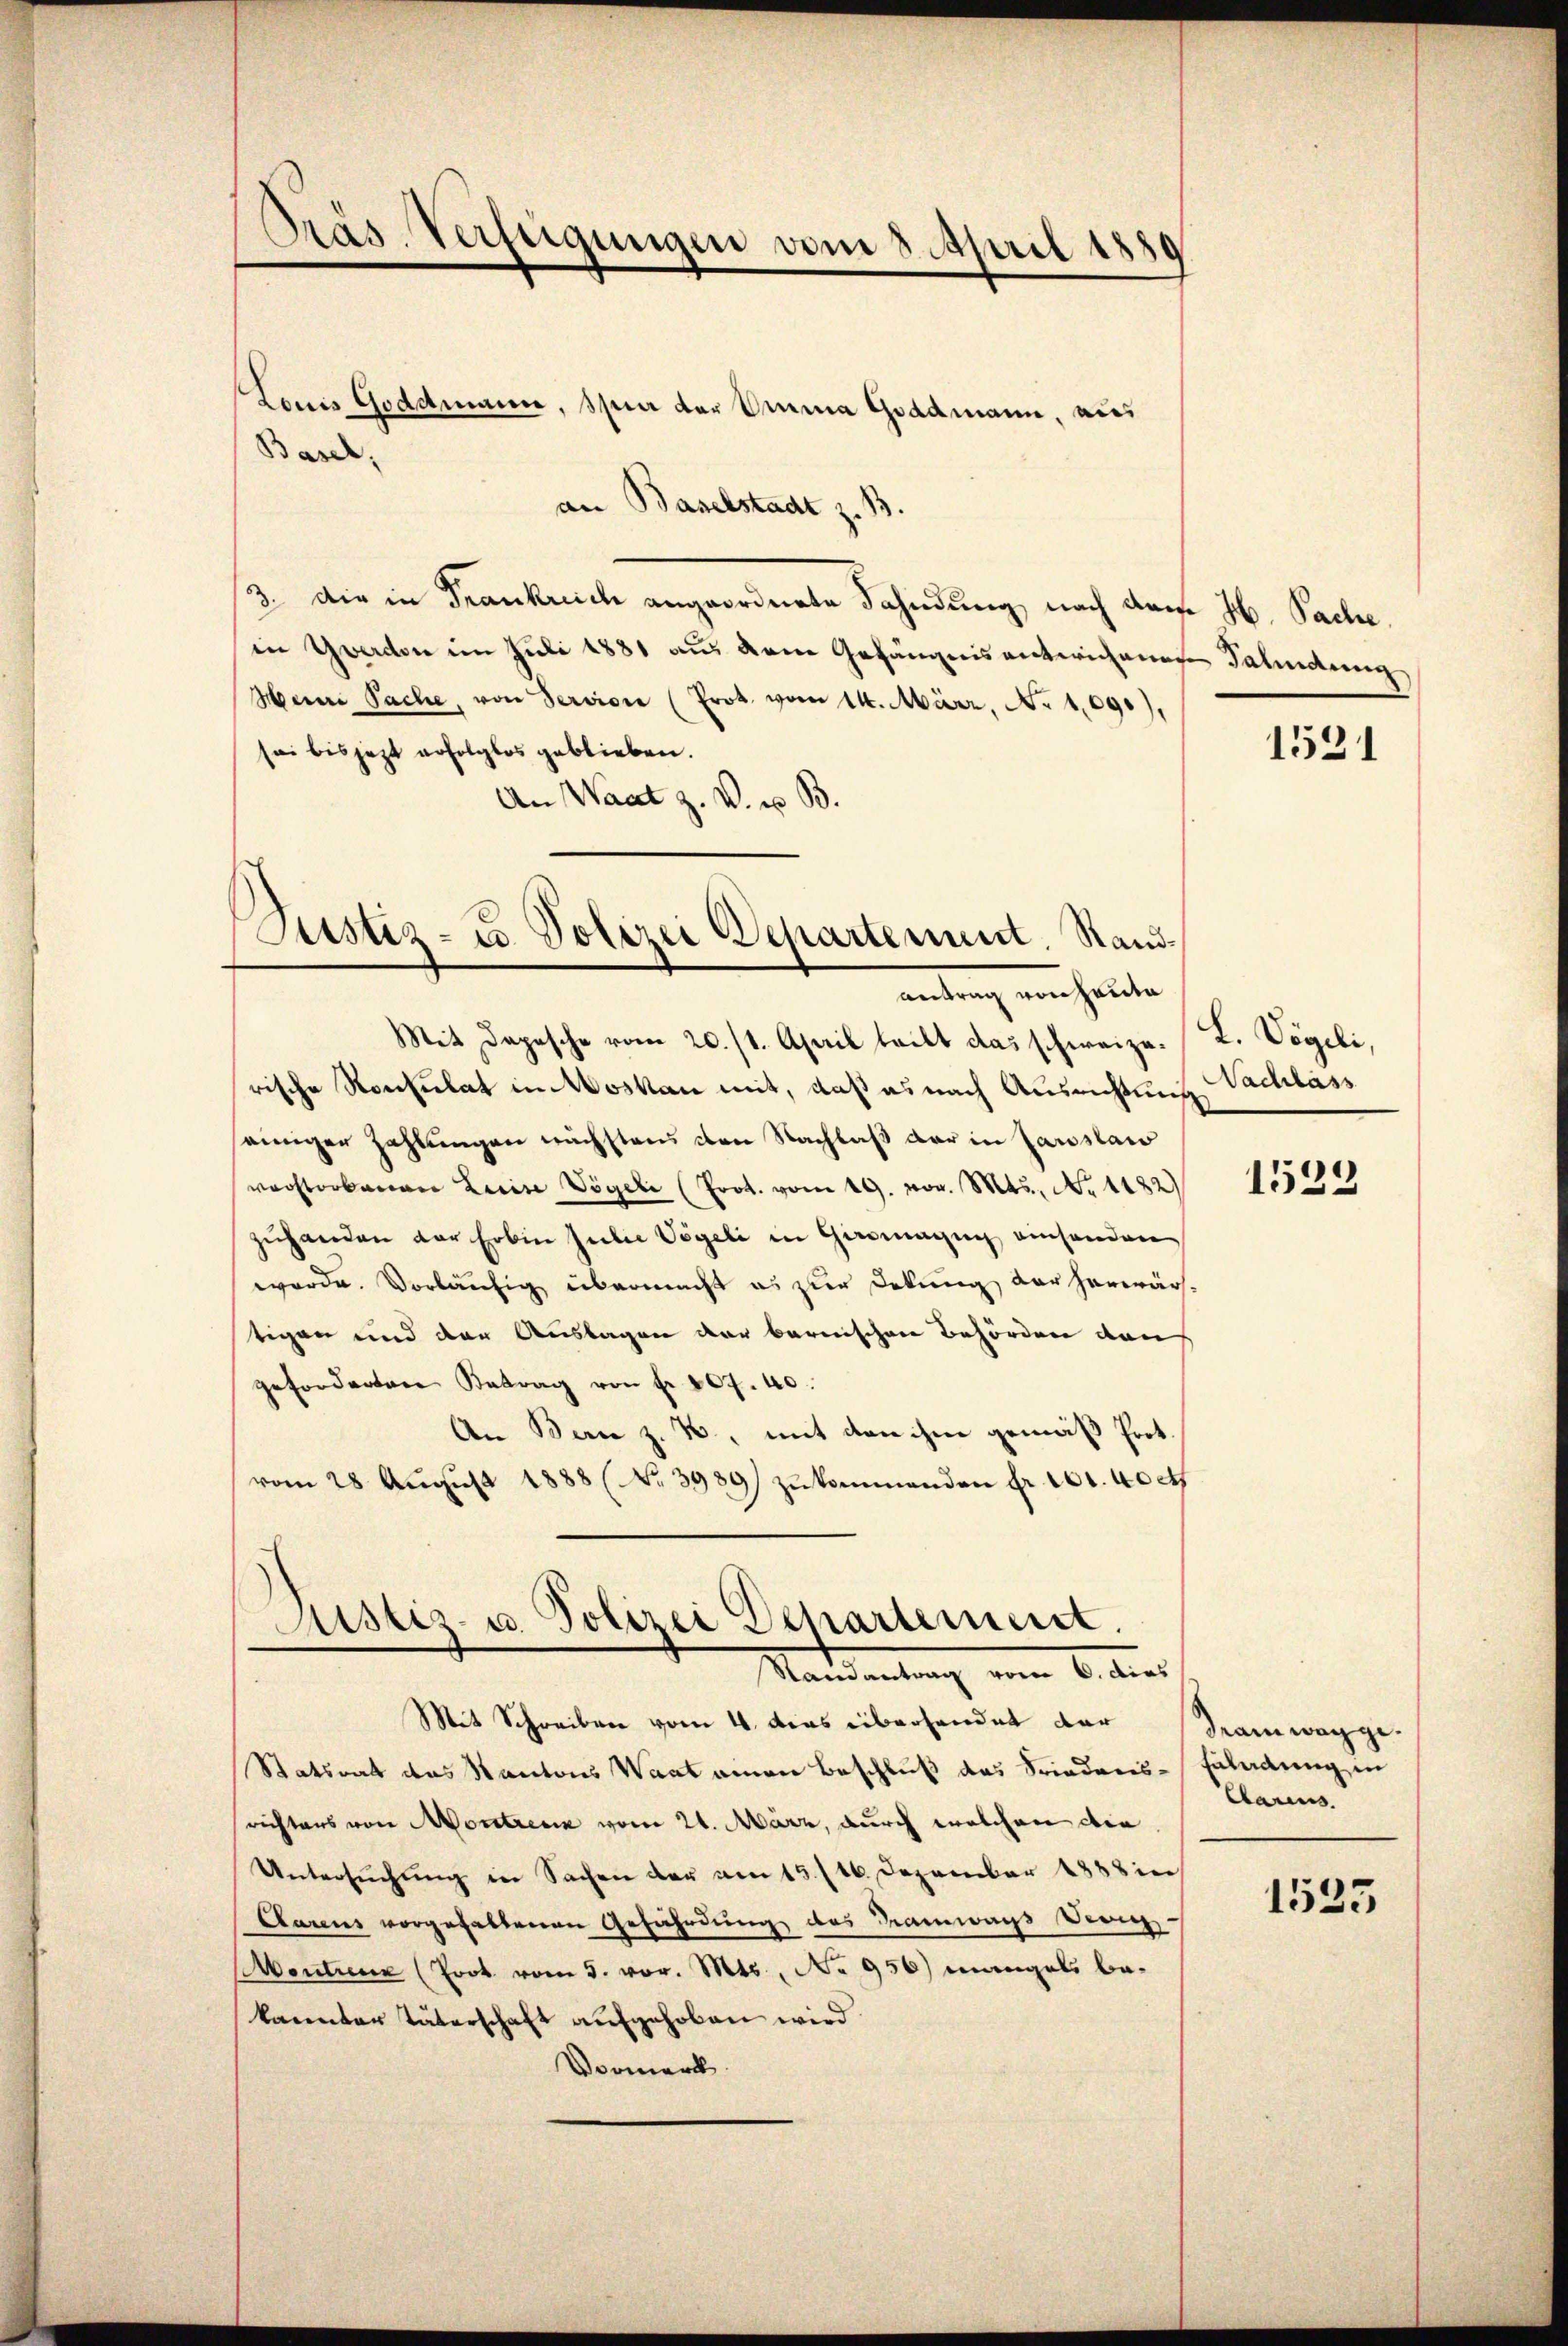
Pras Verfügungen vom 3. April 1889

Basel,

an Baselstadt z. B.
3., die in Frankreich angeordnete Fahndung, nach dem H. Sache.
in Yverdon im Juli 1881 aus dem Gefängnis unterichenge Fahndung
Meine Sache, von Servion (Prot. vom 14. März, No 1090),
sei bis jezt erfolglos geblieben.
An Waat z. V. u. B.
Mit Depesche vom 20./1. April leibt das schweizerische Konsulat in Moskau mit, daß es nach Ausrichtung Nachlass
einiger Zahlungen nächstens den Nachlaß der in Paroslaw
verstorbenen Leine Vögeli (Prot. vom 19. Nov. 845, No 1432)
zuhanden der Erben Julie Vögeli in Giromagng einsenden
werde. Vorläufig übermacht es zur Dekung der herwär
tigen und der Auslagen der bernischen Behörden den
geforderten Betrag von Fr. 207. 40.
An Bern z. B., mit den ihm gemäß fort.
vom 28. Aŭgŭst 1888 (No. 3989) zŭkommenden fr. 101. 40ct
Justiz- u. Polizei Departement.
Mandantung vom 6. dies
Mit Schreiben vom 4. das überhandet dar
Statsrat das Kantons Waat einen Beschluß das Friedensrichters von Montreux vom 21. März, durch welchen die
Untersŭchŭng in Sachen der am 15. 116. Dezember 1888 in
Aarens vorgehaltenen Gefährdung des Tramways dern
Montreux (Prok. vom 5. vor. Mts., No 956) mangels bekannter Täterschaft aufgehoben wird.
Vormerk.

Louis Goddmann, Spei der Emma Gradmann, aus

Justiz- u. Polizei Departement. Sand¬
Antrag von Hauta

1531

L. Vögeli,

1533

Train wegge.
Enladung in
Carius

1533